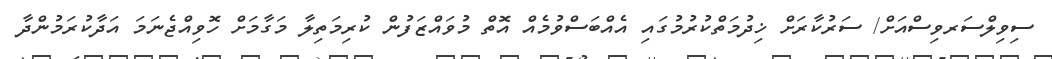
ސިވިލްސަރވިސްއަށް/ ސަރުކާރަށް ޚިދުމަތްކުރުމުގައި އެއްބަސްވުމެއް އޮތް މުވައްޒަފުން ކުރިމަތިލާ މަގާމަށް ހޮވިއްޖެނަމަ އަދާކުރަމުންދާ